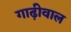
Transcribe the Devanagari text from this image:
गाढ़ीवाल